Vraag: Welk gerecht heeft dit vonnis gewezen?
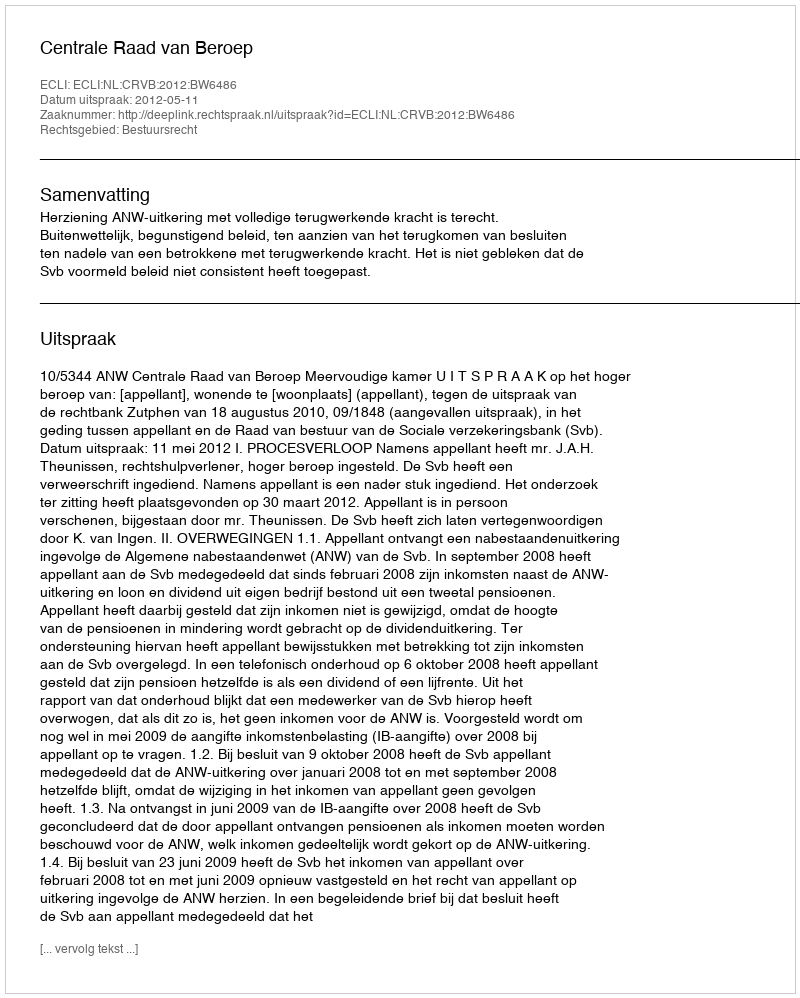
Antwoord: Centrale Raad van Beroep